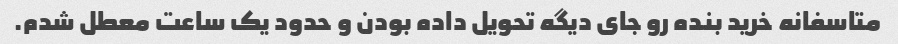
متاسفانه خرید بنده رو جای دیگه تحویل داده بودن‌ و حدود یک ساعت معطل شدم.